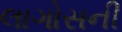
લાગોસની